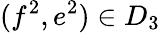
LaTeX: (f^{2},e^{2})\in D_{3}